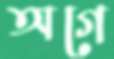
অগে